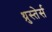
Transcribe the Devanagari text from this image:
थ्रुस्तेर्स